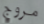
مروج